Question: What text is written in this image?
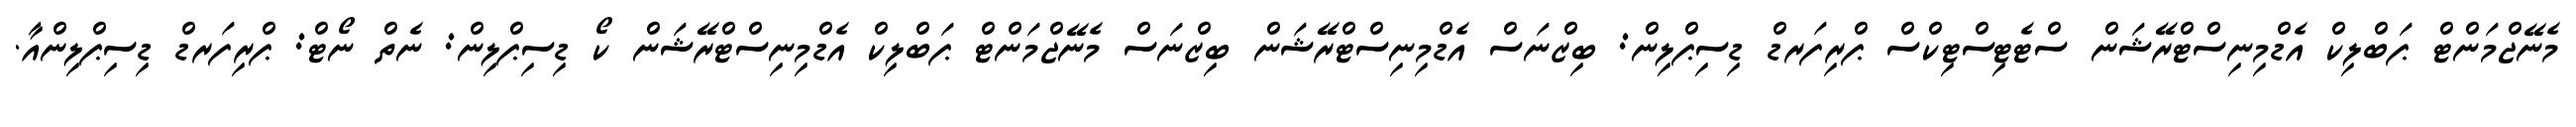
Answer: މެނޭޖްމަންޓް ޕަބްލިކް އެޑްމިނިސްޓްރޭޝަން ސްޓެޓިސްޓިކްސް ޕްރިފަރޑް ޑިސިޕްލިން: ބިޒްނަސް އެޑްމިނިސްޓްރޭޝަން ބިޒްނަސް މެނޭޖްމަންޓް ޕަބްލިކް އެޑްމިނިސްޓްރޭޝަން ކޯ ޑިސިޕްލިން: ނެތް ނޯޓް: ޕްރިފަރޑް ޑިސިޕްލިންއާ.